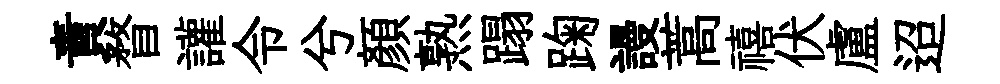
責瞀讙令兮顔熟蹋踘謾蒿禧伏盧迢